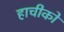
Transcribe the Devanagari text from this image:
हाचीको